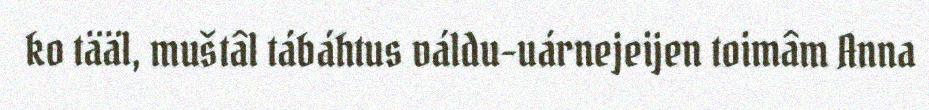
ko tääl, muštâl tábáhtus váldu-uárnejeijen toimâm Anna